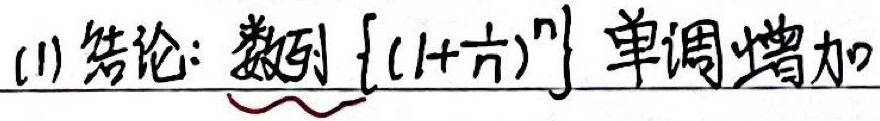
(1) 结论：数列 $\left\{(1 + \frac{1}{n})^{n}\right\}$ 单调增加